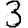
Digit: 3